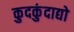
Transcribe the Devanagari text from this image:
कुदकुंदाद्यो